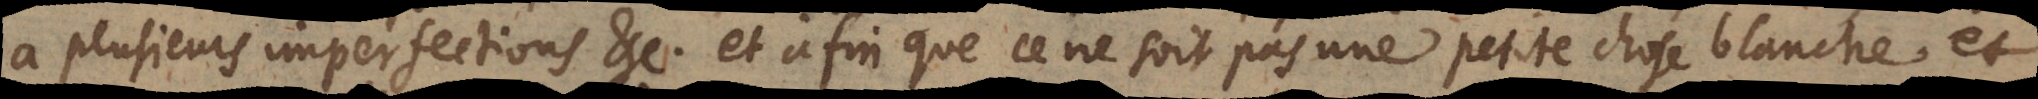
a plusieurs imperfections etc. et à fin que ce ne soit pas une petite chose blanche et